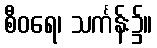
စီဝရေ၊ သင်္ကန်း၌။